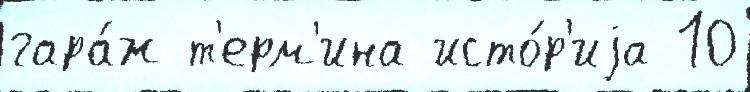
гара́ж т'ерм'ина исто́р'иjа 10